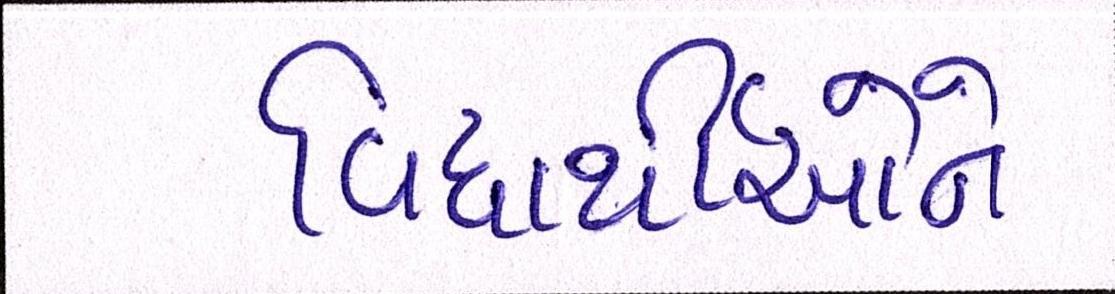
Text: વિધાર્થીઓને